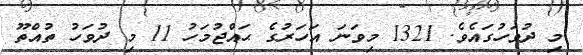
މި ދުވަހުގައެވެ. 1321 މިވަނަ އަހަރުގެ ޙައްޖުމަހު 11 މި ދުވަހު ތުއްތޫ